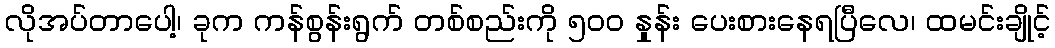
လိုအပ်တာပေါ့၊ ခုက ကန်စွန်းရွက် တစ်စည်းကို ၅၀၀ နှုန်း ပေးစားနေရပြီလေ၊ ထမင်းချိုင့်